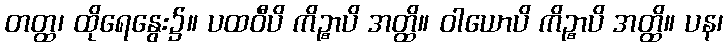
တတ္ထ၊ ထိုရေနွေး၌။ ပထဝီပိ ကိဉ္စာပိ အတ္ထိ။ ဝါယောပိ ကိဉ္စာပိ အတ္ထိ။ ပန၊